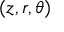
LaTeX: ( z , r , \theta )